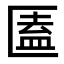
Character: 𠥕